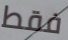
فقط